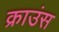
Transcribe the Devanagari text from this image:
क्राउंस